Scottish Leaving Certificate Examination, 1958
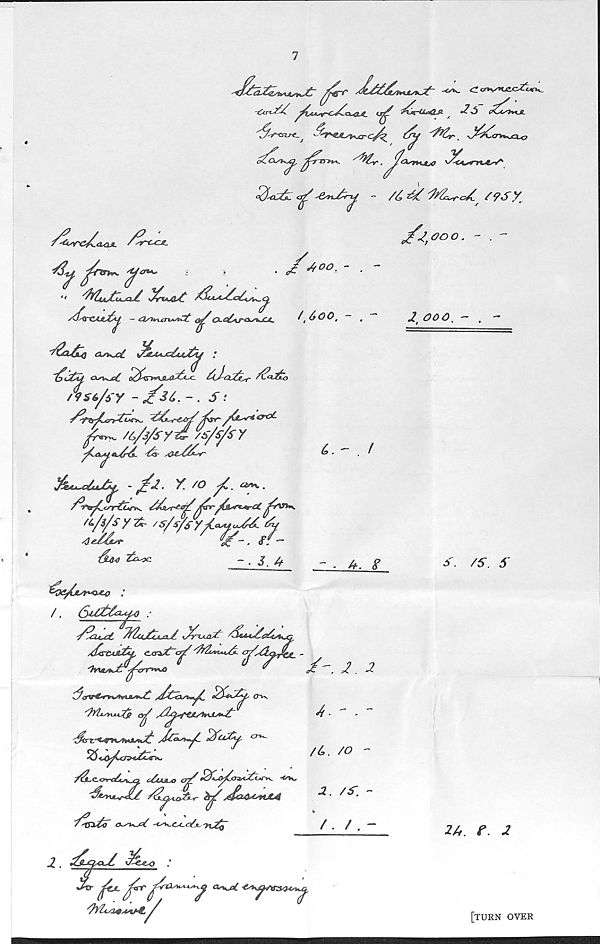
(0**~
<400. -
Xua-CAJL^^ - <asiviM-iAstc£ off cxo^aj-o^ajl.
f t & 00, —
j^rr
^^irtsu-e^ ^
'ffl&y _ K/^Ccrvi^ja^c
^Tru^. y %v'. J/<Xsv*4jo
- /&^-M^rc/C f?sy.
A
./■
GOO.
'&X&4 Qst*uo£ i^AUjCihsjt^ .’
~&c£<^, c\s%^c£
^J-cC^^f /(^ciXto
G^<tA <*^4A<<
A S 6/6 y - ^36. - . 5:
W
'iZo- sOAy&^r
$kAjL~o£uufci£, - /~3.. Y. /o
/^a^C&Tr€ory^ YYsur*//&***rCC /on*,
//i/sy 7*- /s/sfsy/aA4<j<^r£. t/
G.el^r
"jf-. S: "
1jL<Ui Yc^jc.
C,.
~ • 3. 4
U. 8
^k/jl^oao
/.
S^cu*£i. YYYcuYc&aA
S^M-i^aYyisjc
/dZtsinjCtifl, cxezYTa/ ^^w1u!a.
Otxt^jtr/orr*y<^
"
"37ctvAmAvij&--*~£. /Cxxn**/
o~h.
y/ltsywYg s/ y^^f^£yh\Sy«<Y
&<**/_ 'YOYcSty, cr^.
Yo/cr^i^x^.
/Yl-C-ov^^o, c/sjusuo a/ Yg-//.cxtJ41^k. -Mv.
S£/.a&<r bj//JZs4AsnA4
Y^s^YS
^'^.C-jC c/7
f
/ '
/- JZ. 2
4. - .-
/£>. /O -
2. /S’. -
/-CAO
j/x- /ZiT ^/r£Ls**+yy<^ a^KjeC ■&s*^X&3*f4stu^,
/ ?YIl<maxx4,/
2 GOO. -
3 ■ /S. 3
2A. f. 2
[turn over